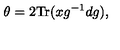
\theta = 2 \mathrm { T r } ( x g ^ { - 1 } d g ) ,